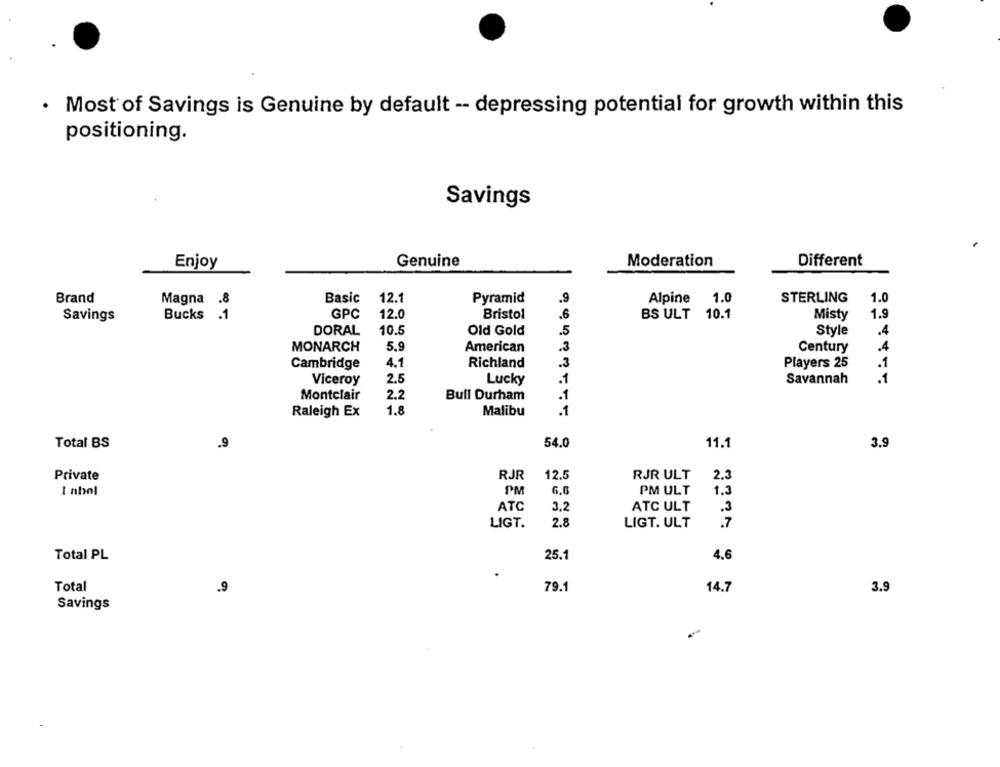
. Most of Savings is Genuine by default -- depressing potential for growth within this
positioning.
Savings
Enjoy
Genuine
Moderation
Different
Brand
Basic
12.1
Pyramid
.9
Alpine
1.0
STERLING
1.0
Magna .8
GPC
12.0
Bristol
.6
BS ULT
10.1
1.9
Savings
Bucks
.1
Misty
DORAL
10.5
.5
Old Gold
Style
.4
.3
MONARCH
5.9
American
Century
.4
Cambridge
4.1
Richland
.3
Players 25
.1
Viceroy
2.5
Lucky
.1
Savannah
.1
Montclair
2.2
Bull Durham
1
Raleigh Ex
1.8
Malibu
1
Total BS
.9
54.0
11.1
3.9
RJR
12.5
RJR ULT
Private
2.3
I nbol
PM
PM ULT
1.3
ATC
3.2
ATC ULT
LIGT.
2.8
LIGT. ULT
.7
Total PL
25.1
4.6
Total
.9
79.1
14.7
3.9
Savings